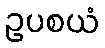
ဥပစယံ